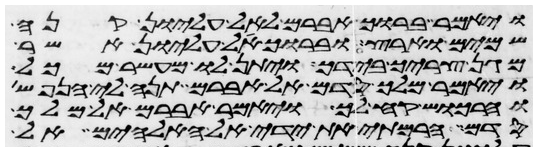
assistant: ויאמר ברוך אברם לאל עליון קנה
שמים וארץ וברוך אל עליון אשר
מגן צריך בידך ויתן לו מעשר מכל
ויאמר מלך סדם אל אברם תנה לי הנפש
והרכוש קח לך ויאמר אברם אל מלך
סדם הרמתי את ידי אל האלהים אל